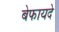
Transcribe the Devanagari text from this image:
बेफायदे